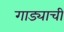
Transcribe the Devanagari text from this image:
गाड्याची